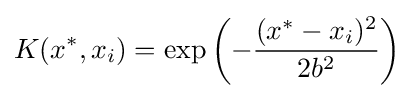
K(x^{*},x_{i})=\exp \left(-{\frac {(x^{*}-x_{i})^{2}}{2b^{2}}}\right)